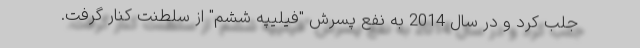
جلب کرد و در سال 2014 به نفع پسرش "فیلیپه ششم" از سلطنت کنار گرفت.